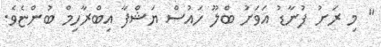
" މި ރަށު ފުނާޑު އަވަށު ބްލޫ ހައުސް ޔަޝްފާ އިބްރާހިމް ބުންޏެވެ.